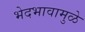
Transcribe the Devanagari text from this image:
भेदभावामुळे